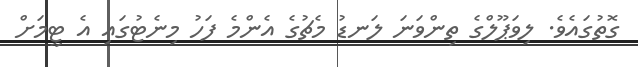
ގޮތުގައެވެ. ލިވަޕޫލްގެ ތިންވަނަ ލަނޑު މެޗުގެ އެންމެ ފަހު މިނެޓުގައި އެ ޓީމަށް